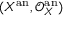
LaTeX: ( X ^ { \mathrm { a n } } , { \mathcal { O } } _ { X } ^ { \mathrm { a n } } )